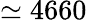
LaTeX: \simeq 4660